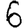
Digit: 6